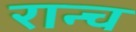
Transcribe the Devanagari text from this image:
रान्च